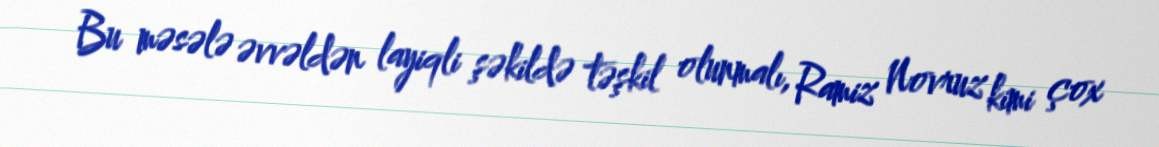
Bu məsələ əvvəldən layiqli şəkildə təşkil olunmalı, Ramiz Novruz kimi çox